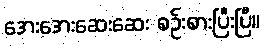
အေးအေးဆေးဆေး စဉ်းစားပြီးပြီ။